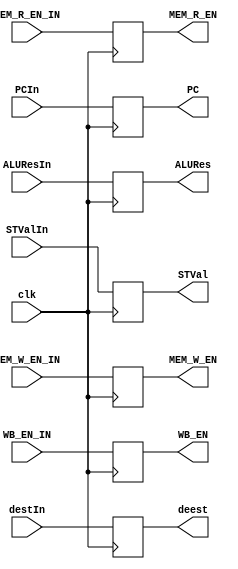
module EXE_MEM_register(clk, WB_EN_IN, MEM_R_EN_IN, MEM_W_EN_IN, PCIn, ALUResIn,
 STValIn, destIn,WB_EN, MEM_R_EN, MEM_W_EN, PC, ALURes, STVal, deest);
  input clk;
  
  // TO BE REGISTERED FOR ID STAGE
  input WB_EN_IN;  //RegWrite
  input MEM_R_EN_IN; //MemRead 
  input MEM_W_EN_IN;  //MemWrite
  input [4:0] destIn;  //write register
  input [31:0] PCIn, ALUResIn, STValIn;
  
  // REGISTERED VALUES FOR ID STAGE
  output reg WB_EN; //RegWrite
  output reg MEM_R_EN; //MemRead 
  output reg MEM_W_EN;  //MemWrite
  output reg [4:0] deest; //write register
  output reg [31:0] PC, ALURes, STVal;

  always @ (posedge clk) 
  begin
    
      WB_EN <= WB_EN_IN;
      MEM_R_EN <= MEM_R_EN_IN;
      MEM_W_EN <= MEM_W_EN_IN;
      PC <= PCIn;
      ALURes <= ALUResIn;
      STVal <= STValIn;
      deest <= destIn;
    end
 
endmodule